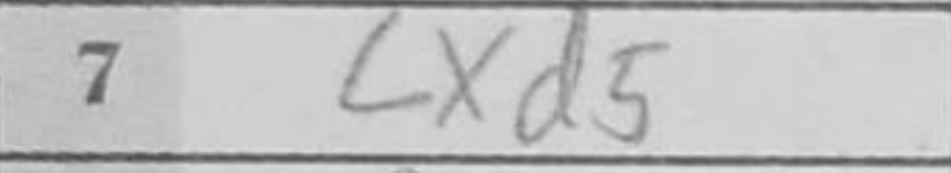
Transcription: cxd5